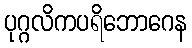
ပုဂ္ဂလိကပရိဘောဂေန